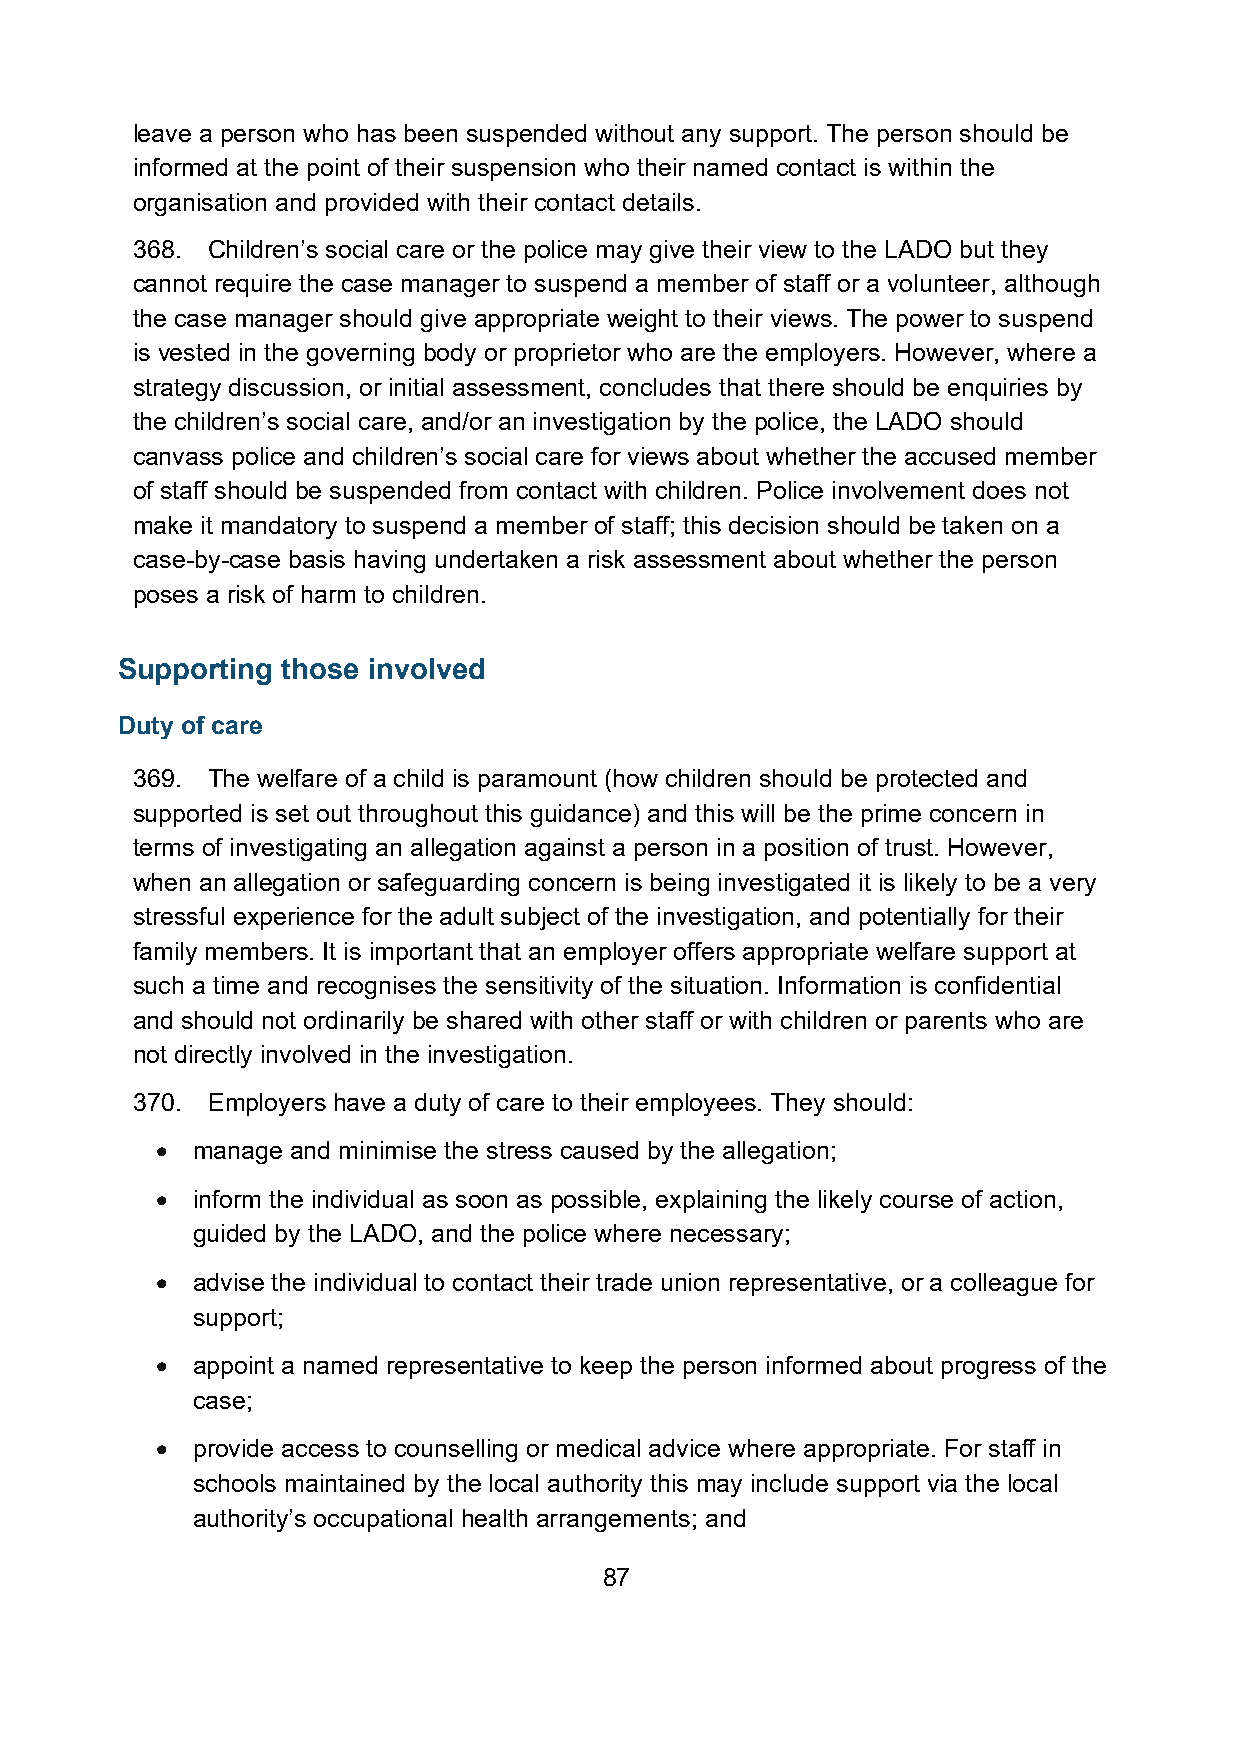
leave a person who has been suspended without any support. The person should be
 informed at the point of their suspension who their named contact is within the
 organisation and provided with their contact details.
 368. Children’s social care or the police may give their view to the LADO but they
 cannot require the case manager to suspend a member of staff or a volunteer, although
 the case manager should give appropriate weight to their views. The power to suspend
 is vested in the governing body or proprietor who are the employers. However, where a
 strategy discussion, or initial assessment, concludes that there should be enquiries by
 the children’s social care, and/or an investigation by the police, the LADO should
 canvass police and children’s social care for views about whether the accused member
 of staff should be suspended from contact with children. Police involvement does not
 make it mandatory to suspend a member of staff; this decision should be taken on a
 case-by-case basis having undertaken a risk assessment about whether the person
 poses a risk of harm to children.
 Supporting those involved
 Duty of care
 369. The welfare of a child is paramount (how children should be protected and
 supported is set out throughout this guidance) and this will be the prime concern in
 terms of investigating an allegation against a person in a position of trust. However,
 when an allegation or safeguarding concern is being investigated it is likely to be a very
 stressful experience for the adult subject of the investigation, and potentially for their
 family members. It is important that an employer offers appropriate welfare support at
 such a time and recognises the sensitivity of the situation. Information is confidential
 and should not ordinarily be shared with other staff or with children or parents who are
 not directly involved in the investigation.
 370. Employers have a duty of care to their employees. They should:
 •  manage and minimise the stress caused by the allegation;
 •  inform the individual as soon as possible, explaining the likely course of action,
 guided by the LADO, and the police where necessary;
 •  advise the individual to contact their trade union representative, or a colleague for
 support;
 •  appoint a named representative to keep the person informed about progress of the
 case;
 •  provide access to counselling or medical advice where appropriate. For staff in
 schools maintained by the local authority this may include support via the local
 authority’s occupational health arrangements; and
 87